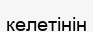
келетінін